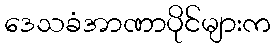
ဒေသခံအာဏာပိုင်များက